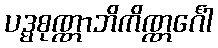
ပဒ္မစုဏ္ဏာဘိကိဏ္ဏင်္ဂေါ